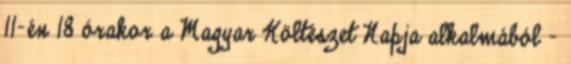
11-én 18 órakor a Magyar Költészet Napja alkalmából –